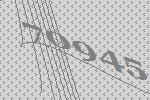
70945